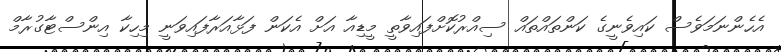
އެހެންނަމަވެސް ކައިވެނީގެ ކަންތައްތައް ސިއްރުކޮށްފައިވާތީ މީޑިއާ އަށް އެކަން ފަޅާއަރާފައިވަނީ މިހިކާ އިންސްޓާގުރާމް